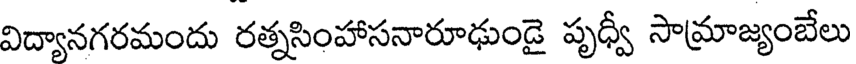
విద్యానగరమందు రత్నసింహాసనారూఢుండై పృధ్వీ సామ్రాజ్యంబేలు